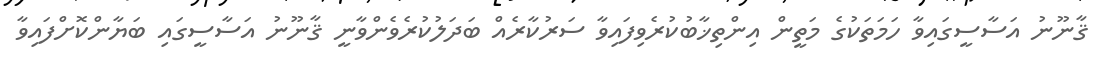
ޤާނޫނު އަސާސީގައިވާ ހަމަތަކުގެ މަތީން އިންތިޚާބުކުރެވިފައިވާ ސަރުކާރެއް ބަދަލުކުރެވެންވާނީ ޤާނޫނު އަސާސީގައި ބަޔާންކޮށްފައިވާ